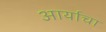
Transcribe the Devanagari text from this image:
आर्याचा